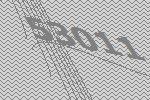
53011